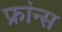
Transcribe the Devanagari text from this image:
फ्रांन्स